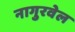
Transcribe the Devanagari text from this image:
नागुरवेल